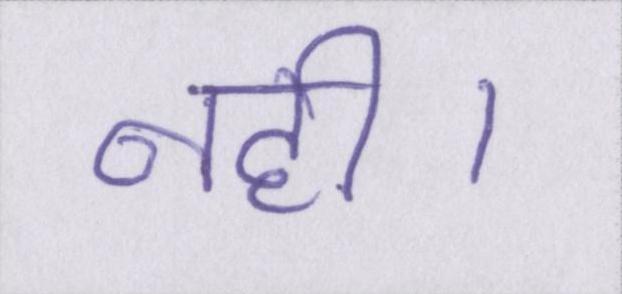
नही।